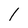
Character: 1